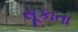
સૂકાતા